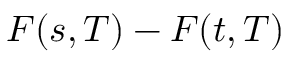
F ( s , T ) - F ( t , T )